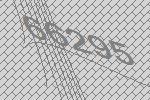
66295